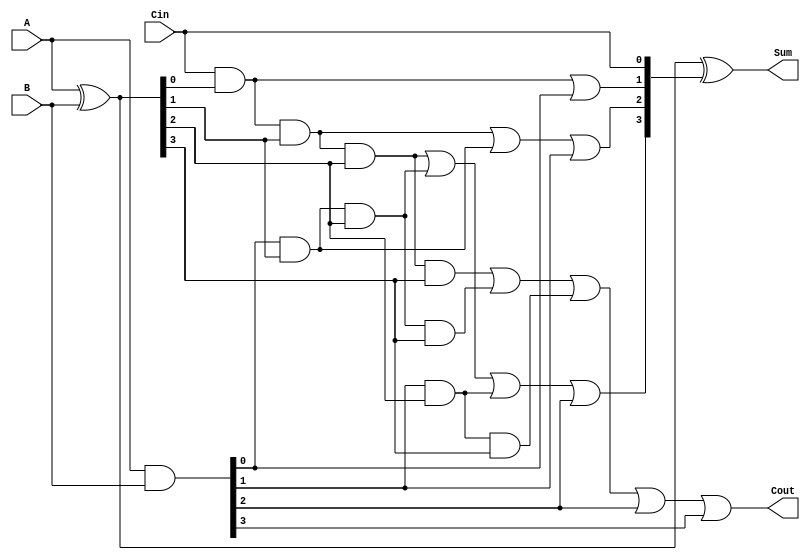
`timescale 1ns / 1ps
//////////////////////////////////////////////////////////////////////////////////
// Katie Bashus
// 
// Design Name: 
// Module Name: carry_look_ahead_adder
// Project Name: 
// Target Devices: 
// Tool Versions: 
// Description: 
// 
// Revision:
// Revision 0.01 - File Created
// Additional Comments:
// 
//////////////////////////////////////////////////////////////////////////////////


module carry_look_ahead_adder(A, B, Cin, Cout, Sum);
    input [3:0] A;
    input [3:0] B;
    input Cin;
    output Cout;
    output [3:0] Sum;
    
    wire [3:0] p, g, c;
    
    assign p = A ^ B;

    
    assign g = A & B;
  
    
    assign c[0] = Cin;
    assign c[1] = (c[0] & p[0]) | g[0];
    assign c[2] = (c[0] & p[0]&p[1] | g[0]&p[1]) | g[1];
    assign c[3] = (c[0] & p[0]&p[1]&p[2] | g[0]&p[1]&p[2] | g[1]&p[2]) | g[2];
    assign Cout = ((c[0] & p[0]&p[1]&p[2]&p[3] | g[0]&p[1]&p[2]&p[3] | g[1]&p[2]&p[3]) | g[2]) | g[3];
    assign Sum = p ^ c;
    
    
endmodule